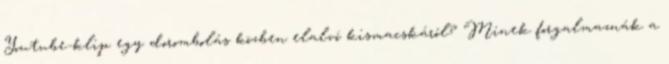
Youtube-klip egy dorombolás közben elalvó kismacskáról? Minek forgalmaznák a